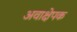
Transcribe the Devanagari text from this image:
अवाक्षेपक